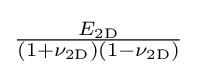
{\tfrac {E_{\mathrm {2D} }}{(1+\nu _{\mathrm {2D} })(1-\nu _{\mathrm {2D} })}}